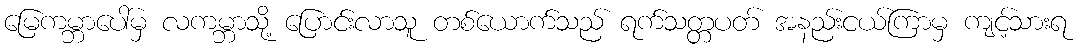
မြေကမ္ဘာပေါ်မှ လကမ္ဘာသို့ ပြောင်းလာသူ တစ်ယောက်သည် ရက်သတ္တပတ် အနည်းငယ်ကြာမှ ကျင့်သားရ